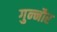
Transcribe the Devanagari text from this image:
गुन्‍नौर